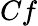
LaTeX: Cf